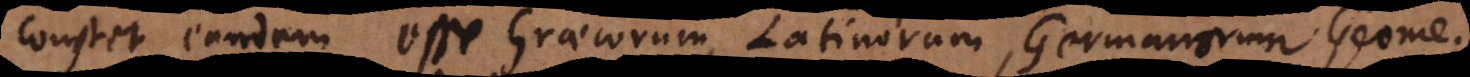
constet eandem esse Graecorum, Latinorum, Germanorum Geometriam.